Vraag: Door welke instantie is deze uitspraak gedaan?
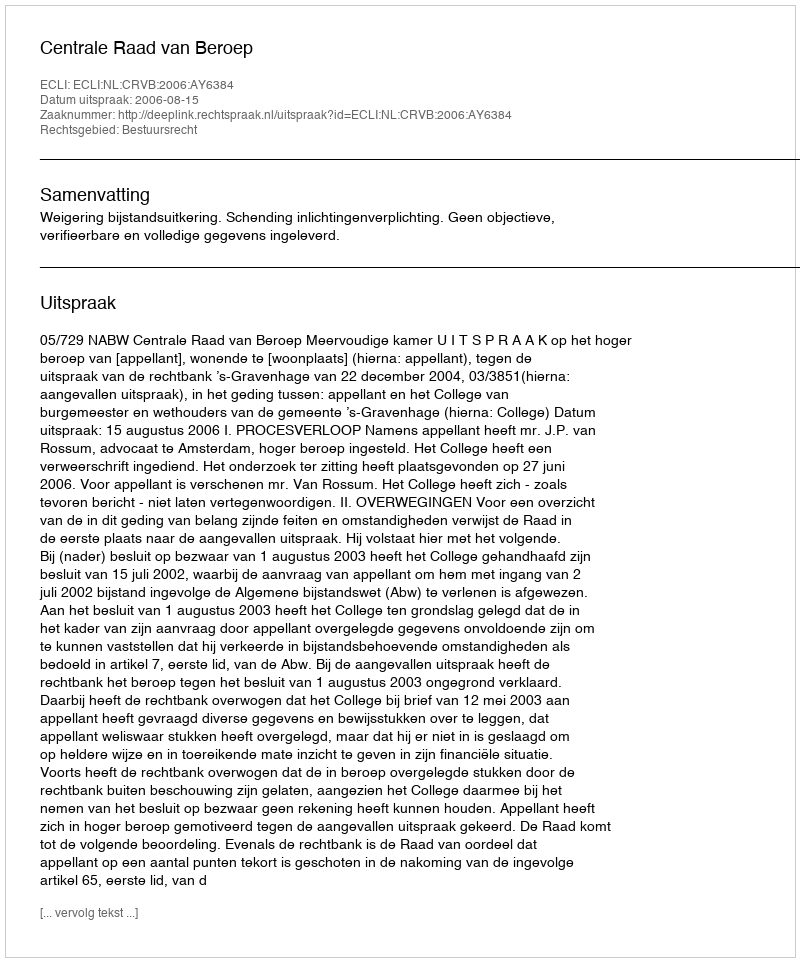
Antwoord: Centrale Raad van Beroep